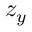
z _ { y }